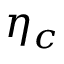
\eta _ { c }